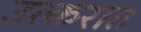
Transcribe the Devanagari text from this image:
उत्करात